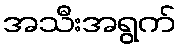
အသီးအရွက်